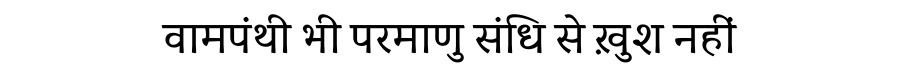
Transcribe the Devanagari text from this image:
वामपंथी भी परमाणु संधि से ख़ुश नहीं